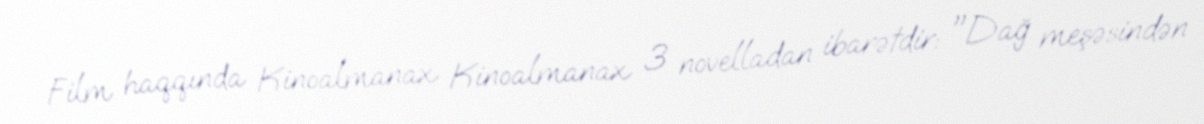
Film haqqında Kinoalmanax Kinoalmanax 3 novelladan ibarətdir: "Dağ meşəsindən